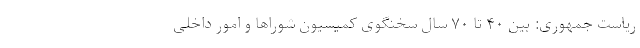
ریاست جمهوری: بین ۴۰ تا ۷۰ سال سخنگوی کمیسیون شوراها و امور داخلی